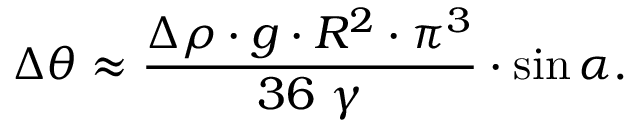
\Delta \theta \approx \frac { \Delta \rho \cdot g \cdot R ^ { 2 } \cdot \pi ^ { 3 } } { 3 6 ~ \gamma } \cdot \sin \alpha .